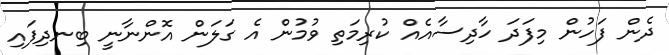
ދެން ފަހުން މިފަދަ ހާދިސާއެއް ކުރިމަތި ވުމުން އެ ގަލަން އޮންނާނީ ބިނދިފައި